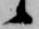
候